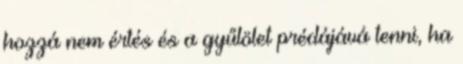
hozzá nem értés és a gyűlölet prédájává tenni, ha